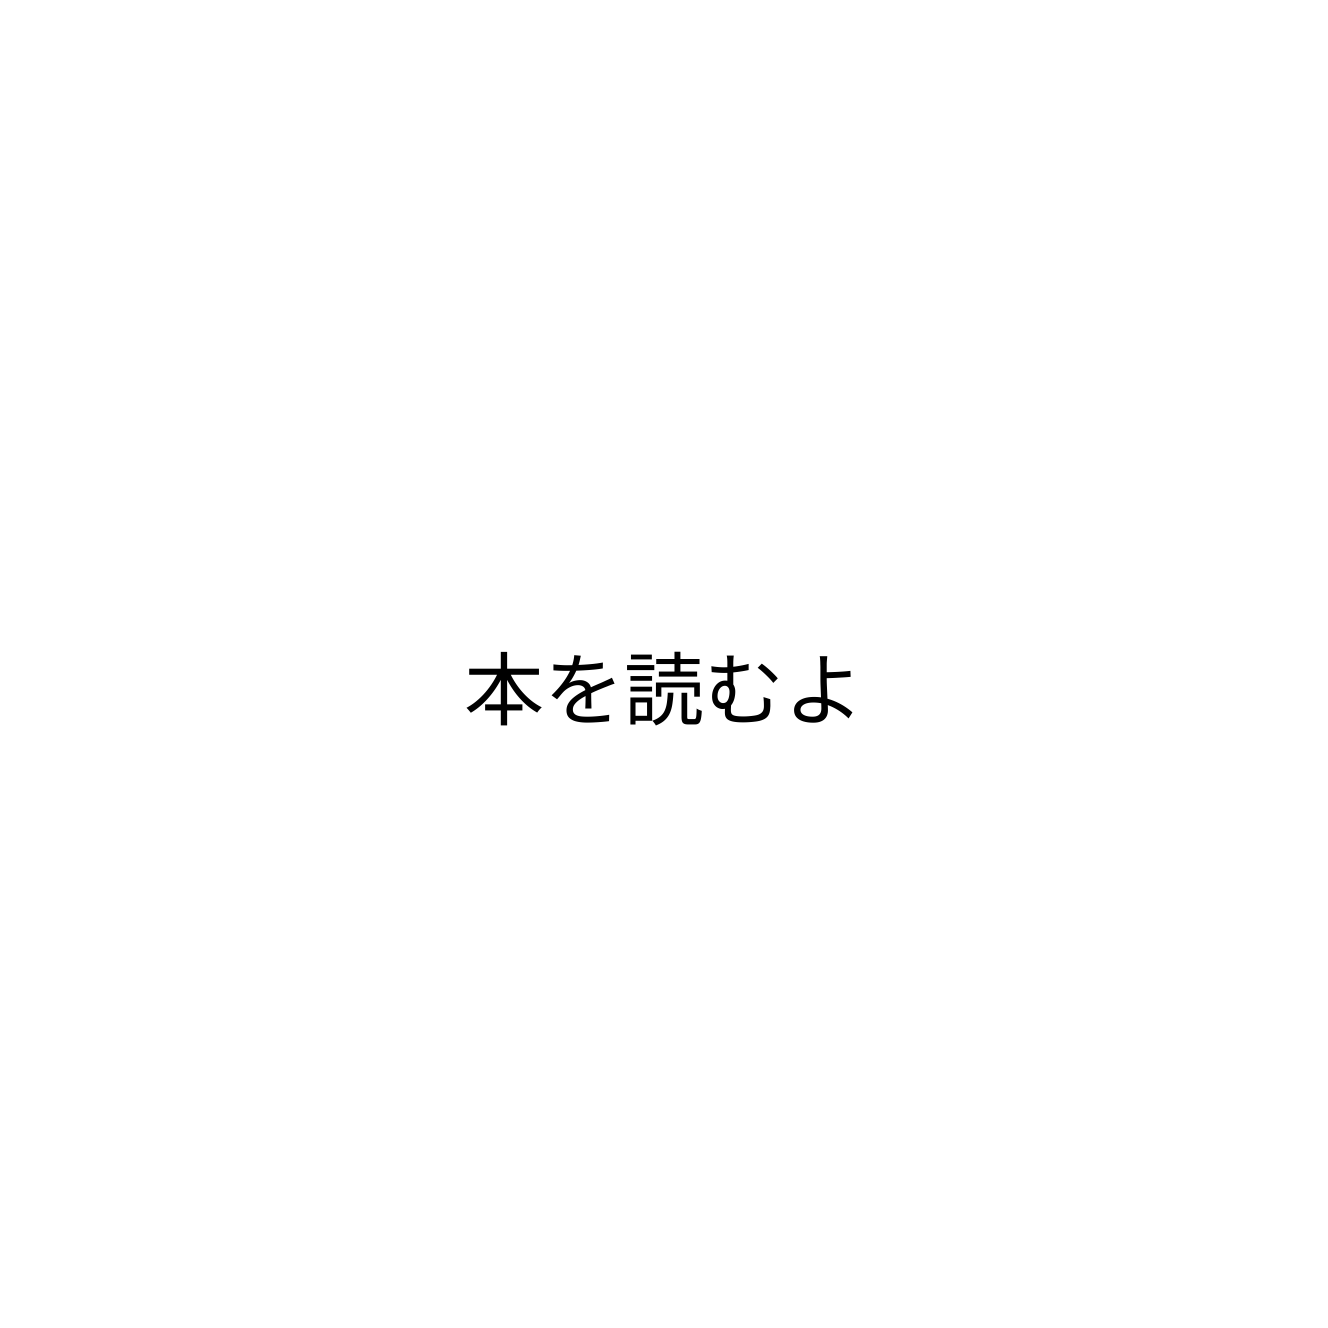
本を読むよ